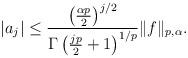
LaTeX: \begin{align*}|a_j|\leq \frac{\left(\frac{\alpha p}{2}\right)^{j/2}}{\Gamma\left(\frac{j p}{2}+1\right)^{1/p}}\|f\|_{p,\alpha}.\end{align*}